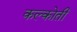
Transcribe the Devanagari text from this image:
कल्कोती